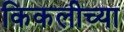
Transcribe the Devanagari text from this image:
किकलीच्या